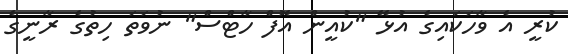
ކުރީ އެ ވާހަކައިގެ އުޅޭ "ކުއީން އޮފް ހާޓްސް" ނުވަތަ ހިތުގެ ރާނީގެ